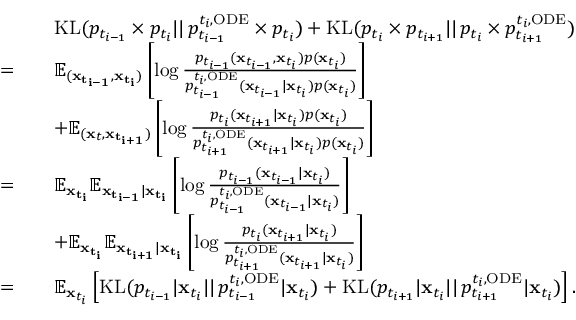
\begin{array} { r l } & { \quad \mathrm { K L } ( p _ { t _ { i - 1 } } \times p _ { t _ { i } } | | \, p _ { t _ { i - 1 } } ^ { t _ { i } , \mathrm { O D E } } \times p _ { t _ { i } } ) + \mathrm { K L } ( p _ { t _ { i } } \times p _ { t _ { i + 1 } } | | \, p _ { t _ { i } } \times p _ { t _ { i + 1 } } ^ { t _ { i } , \mathrm { O D E } } ) } \\ { = } & { \quad \mathbb { E } _ { ( \mathbf { x _ { t _ { i - 1 } } } , \mathbf { x _ { t _ { i } } } ) } \left[ \log \frac { p _ { t _ { i - 1 } } ( \mathbf { x } _ { t _ { i - 1 } } , \mathbf { x } _ { t _ { i } } ) p ( \mathbf { x } _ { t _ { i } } ) } { p _ { t _ { i - 1 } } ^ { t _ { i } , \mathrm { O D E } } ( \mathbf { x } _ { t _ { i - 1 } } | \mathbf { x } _ { t _ { i } } ) p ( \mathbf { x } _ { t _ { i } } ) } \right] } \\ & { \quad + \mathbb { E } _ { ( \mathbf { x } _ { t } , \mathbf { x _ { t _ { i + 1 } } } ) } \left[ \log \frac { p _ { t _ { i } } ( \mathbf { x } _ { t _ { i + 1 } } | \mathbf { x } _ { t _ { i } } ) p ( \mathbf { x } _ { t _ { i } } ) } { p _ { t _ { i + 1 } } ^ { t _ { i } , \mathrm { O D E } } ( \mathbf { x } _ { t _ { i + 1 } } | \mathbf { x } _ { t _ { i } } ) p ( \mathbf { x } _ { t _ { i } } ) } \right] } \\ { = } & { \quad \mathbb { E } _ { \mathbf { x _ { t _ { i } } } } \mathbb { E } _ { \mathbf { x _ { t _ { i - 1 } } } | \mathbf { x _ { t _ { i } } } } \left[ \log \frac { p _ { t _ { i - 1 } } ( \mathbf { x } _ { t _ { i - 1 } } | \mathbf { x } _ { t _ { i } } ) } { p _ { t _ { i - 1 } } ^ { t _ { i } , \mathrm { O D E } } ( \mathbf { x } _ { t _ { i - 1 } } | \mathbf { x } _ { t _ { i } } ) } \right] } \\ & { \quad + \mathbb { E } _ { \mathbf { x _ { t _ { i } } } } \mathbb { E } _ { \mathbf { x _ { t _ { i + 1 } } } | \mathbf { x _ { t _ { i } } } } \left[ \log \frac { p _ { t _ { i } } ( \mathbf { x } _ { t _ { i + 1 } } | \mathbf { x } _ { t _ { i } } ) } { p _ { t _ { i + 1 } } ^ { t _ { i } , \mathrm { O D E } } ( \mathbf { x } _ { t _ { i + 1 } } | \mathbf { x } _ { t _ { i } } ) } \right] } \\ { = } & { \quad \mathbb { E } _ { \mathbf { x } _ { t _ { i } } } \left[ \mathrm { K L } ( p _ { t _ { i - 1 } } | \mathbf { x } _ { t _ { i } } | | \, p _ { t _ { i - 1 } } ^ { t _ { i } , \mathrm { O D E } } | \mathbf { x } _ { t _ { i } } ) + \mathrm { K L } ( p _ { t _ { i + 1 } } | \mathbf { x } _ { t _ { i } } | | \, p _ { t _ { i + 1 } } ^ { t _ { i } , \mathrm { O D E } } | \mathbf { x } _ { t _ { i } } ) \right] . } \end{array}